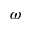
\omega